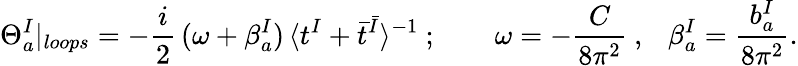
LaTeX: \Theta_{a}^{I}|_{loops}=-\frac{i}{2}\, (\omega+\beta_{a}^{I})\, \langle t^{I}+\bar{t}^{\bar{I}}\rangle^{-1}~;{}~~~~~~~~\omega=-\frac{C}{8\pi^{2}}~,~~~\beta_{a}^{I}=\frac{b_{a}^{I}}{8\pi^{2}}.